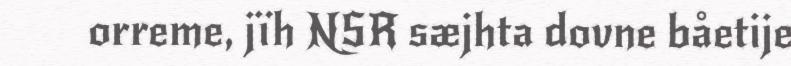
orreme, jïh NSR sæjhta dovne båetije